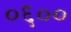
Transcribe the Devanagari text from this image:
०६००